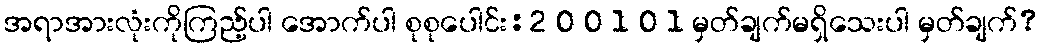
အရာအားလုံးကိုကြည့်ပါ အောက်ပါ စုစုပေါင်း:2 0 0 1 0 1 မှတ်ချက်မရှိသေးပါ မှတ်ချက်?